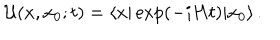
LaTeX: { \cal U } ( x , x _ { 0 } ; t ) = \langle x \vert \exp ( - i H t ) \vert x _ { 0 } \rangle \, .